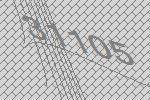
31105